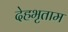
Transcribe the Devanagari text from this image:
देहभृताम